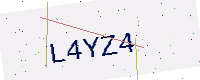
Text: L4YZ4